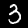
Label: 3